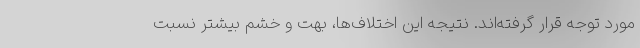
مورد توجه قرار گرفته‌اند. نتیجه این اختلاف‌ها، بهت و خشم بیشتر نسبت